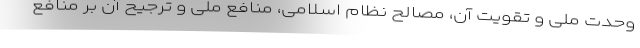
وحدت ملی و تقویت آن، مصالح نظام اسلامی، منافع ملی و ترجیح آن بر منافع